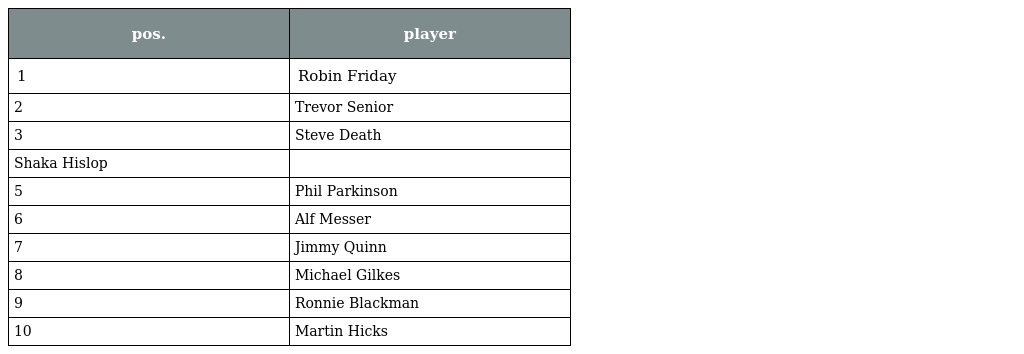
| pos. | player |
 | --- | --- |
 | 1 | Robin Friday |
 | 2 | Trevor Senior |
 | 3 | Steve Death |
 | Shaka Hislop |  |
 | 5 | Phil Parkinson |
 | 6 | Alf Messer |
 | 7 | Jimmy Quinn |
 | 8 | Michael Gilkes |
 | 9 | Ronnie Blackman |
 | 10 | Martin Hicks |